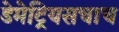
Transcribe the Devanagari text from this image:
डेमेट्रियसचाच